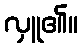
လှူ၏။